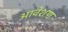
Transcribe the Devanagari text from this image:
आवेशण